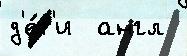
д'е́т'и  англ